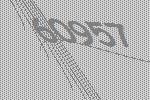
60957